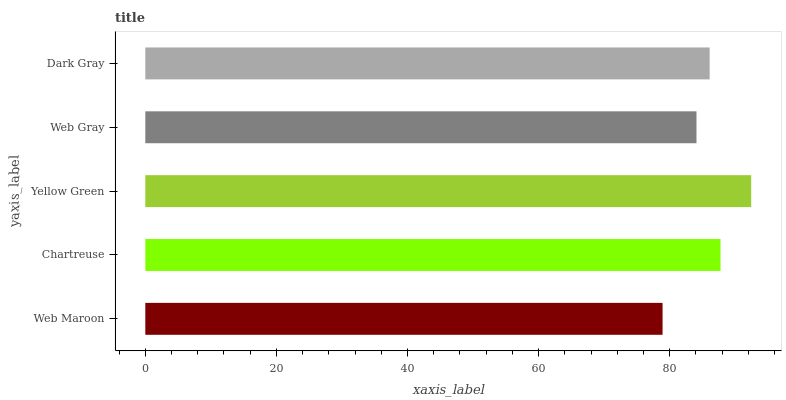
| yaxis_label | bars |
 | --- | --- |
 | Web Maroon | 78.9 |
 | Chartreuse | 87.8 |
 | Yellow Green | 92.4 |
 | Web Gray | 84.1 |
 | Dark Gray | 86.1 |